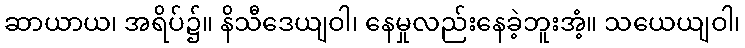
ဆာယာယ၊ အရိပ်၌။ နိသီဒေယျဝါ၊ နေမှုလည်းနေခဲ့ဘူးအံ့။ သယေယျဝါ၊